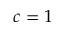
c = 1